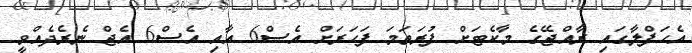
އެހަފްލާގައި ރާއްޖޭގެ މާކެޓަށް ފުރަތަމަ ފަހަރަށް އެސް6 އާއި އެސް6 އެޖް ނެރެދެއްވީ